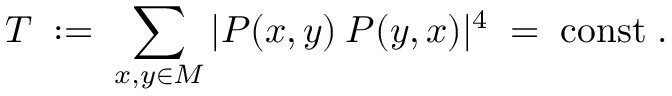
T \; : = \; \sum _ { x , y \in M } | P ( x , y ) \: P ( y , x ) | ^ { 4 } \; = \; { \mathrm { c o n s t } } \; .